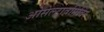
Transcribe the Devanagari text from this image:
ओसेल्टावमिविर